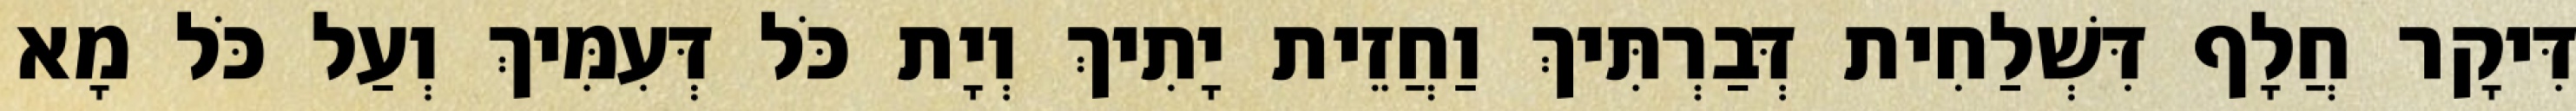
דִּיקָר חֲלָף דִּשְׁלַחִית דְּבַרְתִּיךְ וַחֲזֵית יָתִיךְ וְיָת כֹּל דְּעִמִּיךְ וְעַל כֹּל מָא